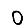
Digit: 0